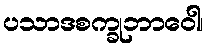
ပသာဒစက္ခုဘာဝေါ၊